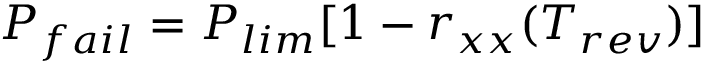
P _ { f a i l } = P _ { l i m } [ 1 - r _ { x x } ( T _ { r e v } ) ]